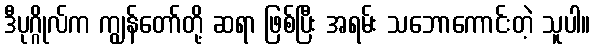
ဒီပုဂ္ဂိုလ်က ကျွန်တော်တို့ ဆရာ ဖြစ်ပြီး အရမ်း သဘောကောင်းတဲ့ သူပါ။